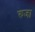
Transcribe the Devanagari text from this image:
रुजा